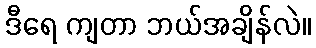
ဒီရေ ကျတာ ဘယ်အချိန်လဲ။